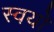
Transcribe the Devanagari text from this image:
स्वयो